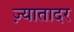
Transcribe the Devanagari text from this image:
ज़्यातादर